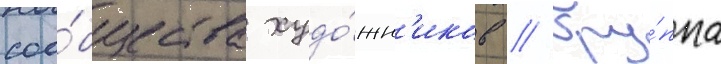
соо́бщества худо́жн'иков // Гру́ппа